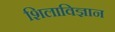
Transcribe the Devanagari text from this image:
शिलाविज्ञान